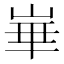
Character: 崋